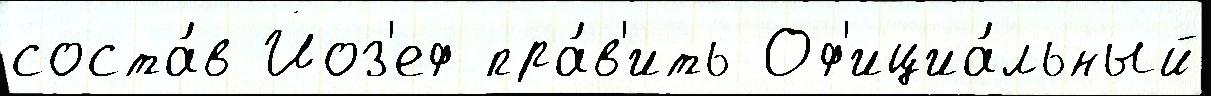
соста́в Йоз'еф пра́в'ить Оф'ициа́льный